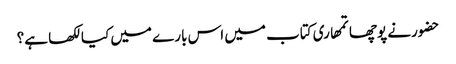
حضورنے پوچھا تمھاری کتاب میں اس بارے میں کیا لکھا ہے؟